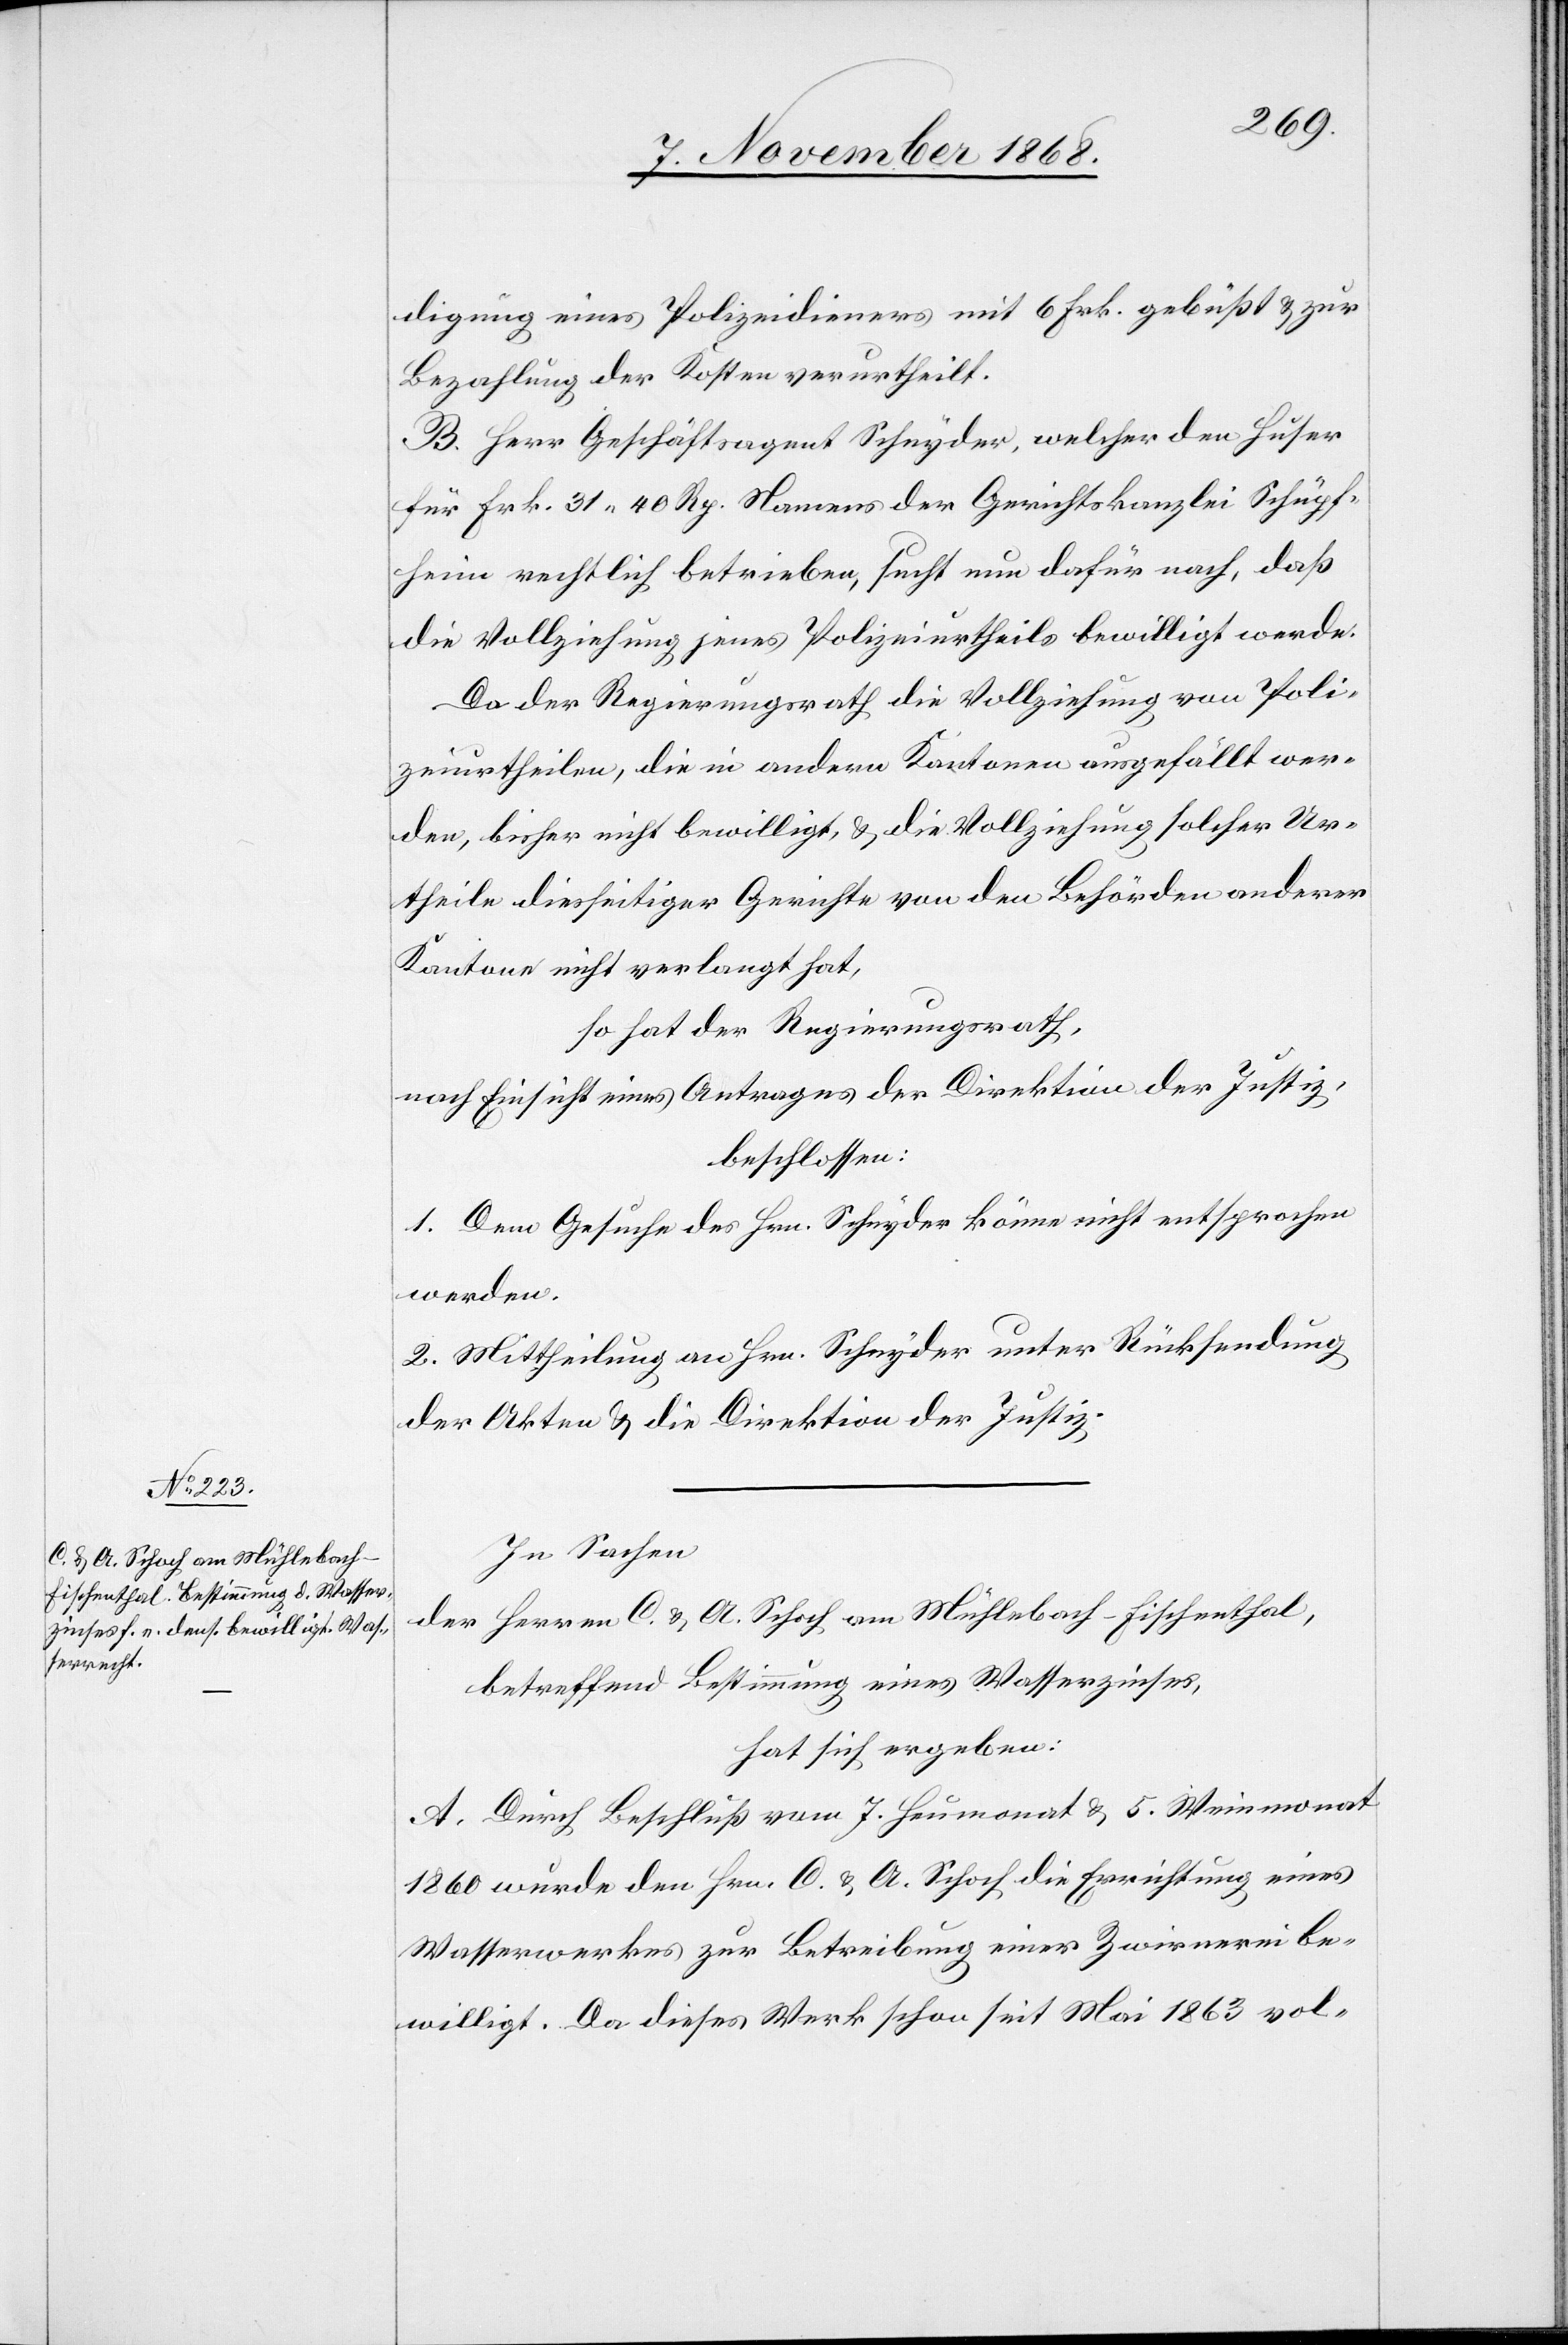
digung eines Polizeidieners mit 6 Frk. gebüßt & zur
Bezahlung der Kosten verurtheilt.
B. Herr Geschäftsagent Schnyder, welcher den Huser
für Frk. 31 40 Rp. Namens der Gerichtskanzlei Schüpf¬
heim rechtlich betrieben, sucht nun dafür nach, daß
die Vollziehung jenes Polizeiurtheils bewilligt werde.
Da der Regierungsrath die Vollziehung von Poli¬
zeiurtheilen, die in andern Kantonen ausgefällt wer¬
den, bisher nicht bewilligt, & die Vollziehung solcher Ur¬
theile diesseitiger Gerichte von den Behörden anderer
Kantone nicht verlangt hat,
so hat der Regierungsrath,
nach Einsicht eines Antrages der Direktion der Justiz,
beschlossen:
1. Dem Gesuche des Hrn. Schnyder könne nicht entsprochen
werden.
2. Mittheilung an Hrn. Schnyder unter Rücksendung
der Akten & die Direktion der Justiz.
In Sachen
der Herren C. & A. Schoch am Mühlebach - Fischenthal,
betreffend Bestimmung eines Wasserzinses,
hat sich ergeben:
A. Durch Beschluß vom 7. Heumonat & 5. Weinmonat
1860 wurde den Hrn. C. & A. Schoch die Errichtung eines
Wasserwerkes zur Betreibung einer Zwirnerei be¬
willigt. Da dieses Werk schon seit Mai 1863 vol-